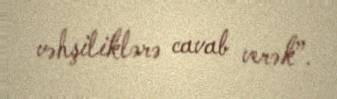
vəhşiliklərə cavab verək”.